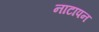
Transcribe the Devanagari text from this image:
नाटापन